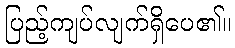
ပြည့်ကျပ်လျက်ရှိပေ၏။